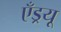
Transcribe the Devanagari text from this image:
एँड्रयू